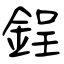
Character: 鋥